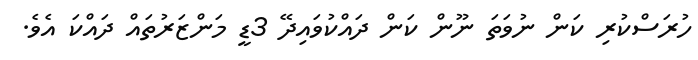
ހުރަސްކުރި ކަން ނުވަތަ ނޫން ކަން ދައްކުވައިދޭ 3ޑީ މަންޒަރުތައް ދައްކަ އެވެ.